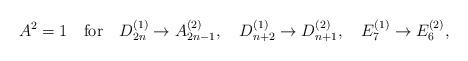
LaTeX: \begin{align*}A^2=1\quad \mbox{for} \quad D_{2n}^{(1)}\to A_{2n-1}^{(2)},\quad D_{n+2}^{(1)}\to D_{n+1}^{(2)}, \quad E_7^{(1)}\to E_6^{(2)}, \end{align*}